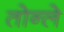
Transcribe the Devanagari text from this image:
तोन्ले